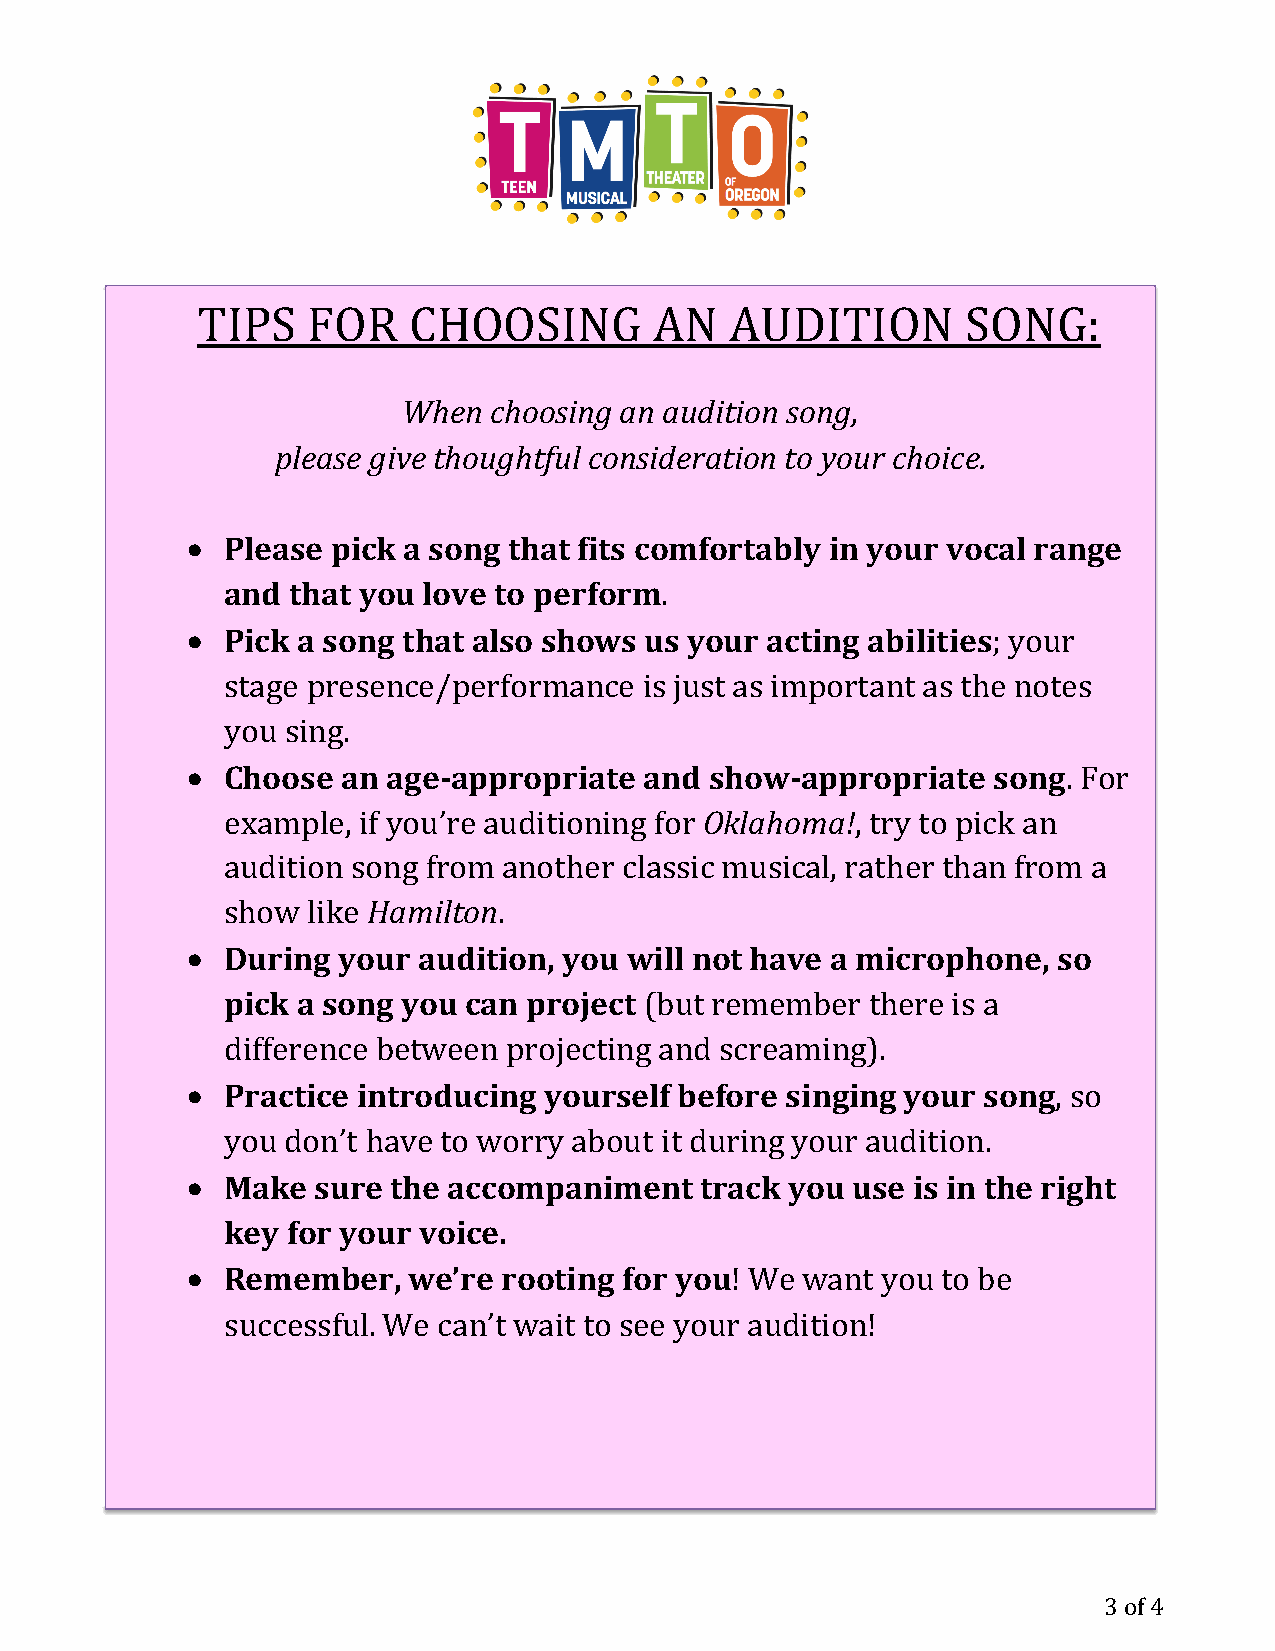
TIPS   FOR    CHOOSING        AN   AUDITION        SONG:
 When choosing an audition song,
 please give thoughtful consideration to your choice.
 •  Please pick a song that fits comfortably in your vocal range
 and that you love to perform.
 •  Pick a song that also shows us your acting abilities; your
 stage presence/performance  is just as important as the notes
 you sing.
 •  Choose  an age-appropriate  and show-appropriate   song. For
 example, if you’re auditioning for Oklahoma!, try to pick an
 audition song from another classic musical, rather than from a
 show like Hamilton.
 •  During your  audition, you will not have a microphone, so
 pick a song you can project (but remember  there is a
 difference between projecting and screaming).
 •  Practice introducing yourself before singing your song, so
 you don’t have to worry about it during your audition.
 •  Make  sure the accompaniment   track you use is in the right
 key for your voice.
 •  Remember,   we’re rooting for you! We want you to be
 successful. We can’t wait to see your audition!
 3 of 4